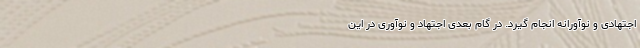
اجتهادی و نوآورانه انجام گیرد. در گام بعدی اجتهاد و نوآوری در این